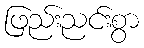
ဖြည်းညင်းစွာ